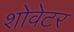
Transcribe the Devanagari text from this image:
शोवेटर